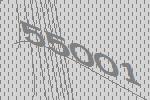
55001